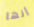
إنها